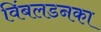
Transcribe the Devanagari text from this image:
विंबलडनका